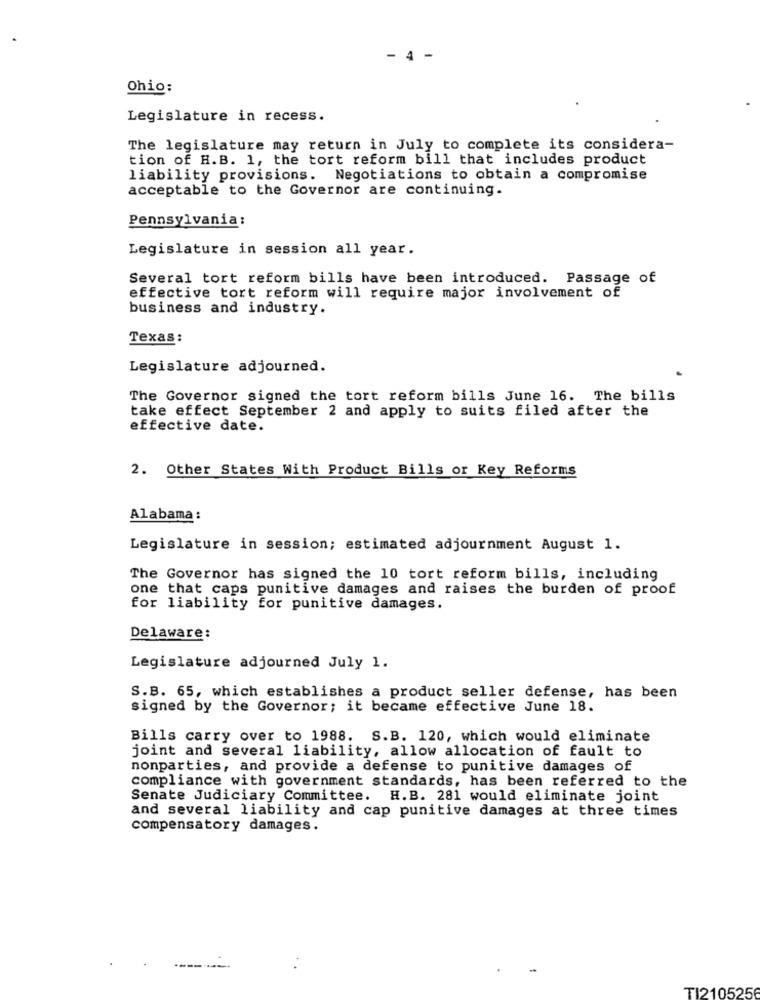
- 4 -
Ohio:
Legislature in recess.
The legislature may return in July to complete its considera-
tion of H.B. 1, the tort reform bill that includes product
liability provisions. Negotiations to obtain a compromise
acceptable to the Governor are continuing.
Pennsylvania:
Legislature in session all year.
Several tort reform bills have been introduced. Passage of
effective tort reform will require major involvement of
business and industry.
Texas:
Legislature adjourned.
The Governor signed the tort reform bills June 16. The bills
take effect September 2 and apply to suits filed after the
effective date.
2. Other States With Product Bills or Key Reforms
Alabama :
Legislature in session; estimated adjournment August 1.
The Governor has signed the 10 tort reform bills, including
one that caps punitive damages and raises the burden of proof
for liability for punitive damages.
Delaware:
Legislature adjourned July 1.
S.B. 65, which establishes a product seller defense, has been
signed by the Governor; it became effective June 18.
Bills carry over to 1988. S.B. 120, which would eliminate
joint and several liability, allow allocation of fault to
nonparties, and provide a defense to punitive damages of
compliance with government standards, has been referred to the
Senate Judiciary Committee. H.B. 281 would eliminate joint
and several liability and cap punitive damages at three times
compensatory damages.
----
TI2105256